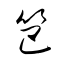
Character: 笆